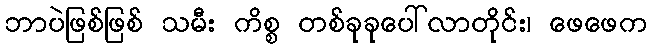
ဘာပဲဖြစ်ဖြစ် သမီး ကိစ္စ တစ်ခုခုပေါ်လာတိုင်း၊ ဖေဖေက